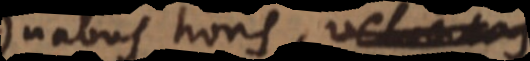
duabus horis, velocitas